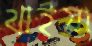
থাইয়া